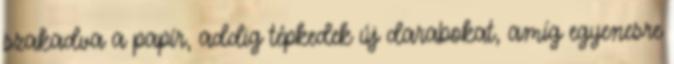
szakadva a papír, addig tépkedek új darabokat, amíg egyenesre